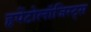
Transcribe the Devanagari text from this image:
हृपेंटोलॉजिस्ट्स